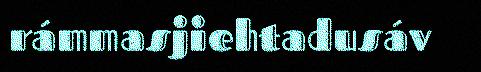
rámmasjiehtadusáv